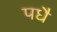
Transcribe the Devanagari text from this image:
पधै